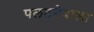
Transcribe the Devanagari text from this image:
पलटनेवाला